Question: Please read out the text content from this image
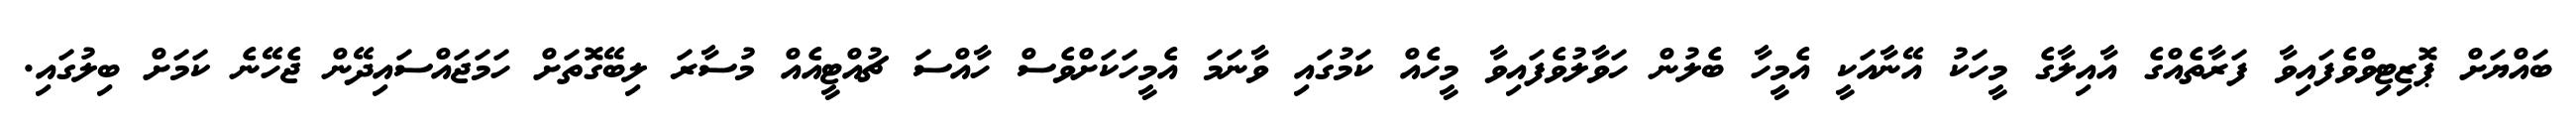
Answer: ބައްޔަށް ޕޮޒިޓިވްވެފައިވާ ފަރާތެއްގެ އާއިލާގެ މީހަކު އޭނާއަކީ އެމީހާ ބެލުން ހަވާލުވެފައިވާ މީހެއް ކަމުގައި ވާނަމަ އެމީހަކަށްވެސް ހާއްސަ ޗުއްޓީއެއް މުސާރަ ލިބޭގޮތަށް ހަމަޖައްސައިދޭން ޖެހޭނެ ކަމަށް ބިލުގައި.